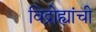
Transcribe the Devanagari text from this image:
विद्रोह्यांची